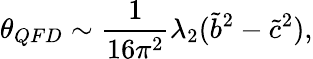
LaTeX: \theta_{QFD}\sim\frac{1}{16\pi^{2}}\lambda_{2}(\tilde{b}^{2}-\tilde{c}^{2}),